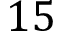
1 5